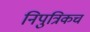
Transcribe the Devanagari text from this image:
निपुत्रिकच